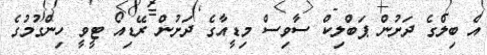
އެ ބިލްގެ ދަށުން ޕަބްލިކް ސާވިސް މިޑީއާގެ ދަށުން ރޭޑިއޯ ޓީވީ ހިންގުމުގެ